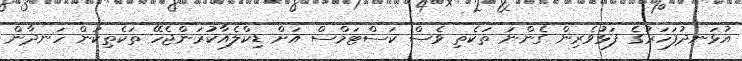
އުޅަނދުފަހަރުގެ ފަޅުވެރިން ގެންނަ ތަކެތި ވެސް ކަސްޓަމްސް އަށް ޑިކްލެއާކުރަންޖެހޭ ތަކެތިކަން ހަނދާން